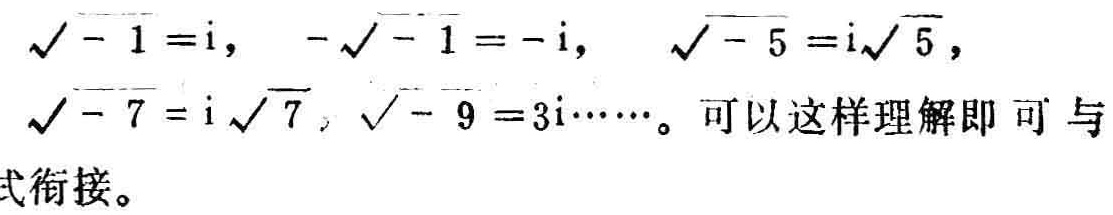
\(\sqrt{-1}=\mathrm{i},\ -\sqrt{-1}=-\mathrm{i},\ \sqrt{-5}=\mathrm{i}\sqrt{5},\ \sqrt{-7}=\mathrm{i}\sqrt{7},\ \sqrt{-9}=3\mathrm{i}\cdots\cdots\)。可以这样理解即可与式衔接。